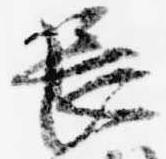
長